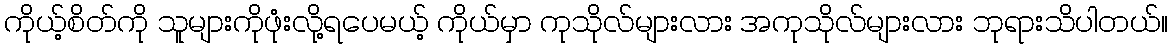
ကိုယ့်စိတ်ကို သူများကိုဖုံးလို့ရပေမယ့် ကိုယ်မှာ ကုသိုလ်များလား အကုသိုလ်များလား ဘုရားသိပါတယ်။